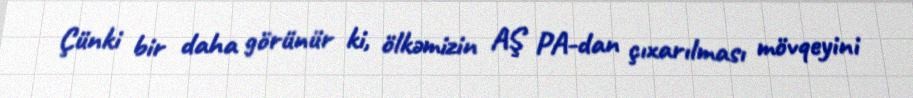
Çünki bir daha görünür ki, ölkəmizin AŞ PA-dan çıxarılması mövqeyini